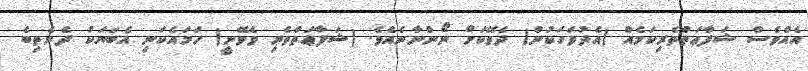
އެއްވެސް ޝަފާޢަތްތެރިކަމެއް (އެދުވަހަކުން) ދެވޭކަށް ނޯންނާނެއެވެ. (ޝަފާޢަތްތެރި ވެވޭނީ) ހަމައެކަނި އެބަޔަކު ދެނެތިބެ